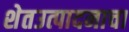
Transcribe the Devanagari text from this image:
शेतउत्पादनाचा